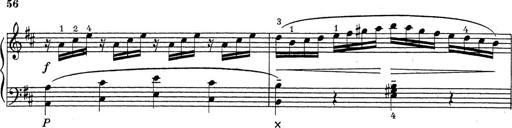
Title: ÄŒeskÃ© Sonatiny
Composer: Various